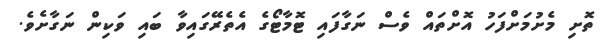
ތޮށި މެށުމަށްފަހު އޮށްތައް ވެސް ނަގާފައި ޓޮމާޓޯގެ އެތެރޭގައިވާ ބައި ވަކިން ނަގާށެވެ.